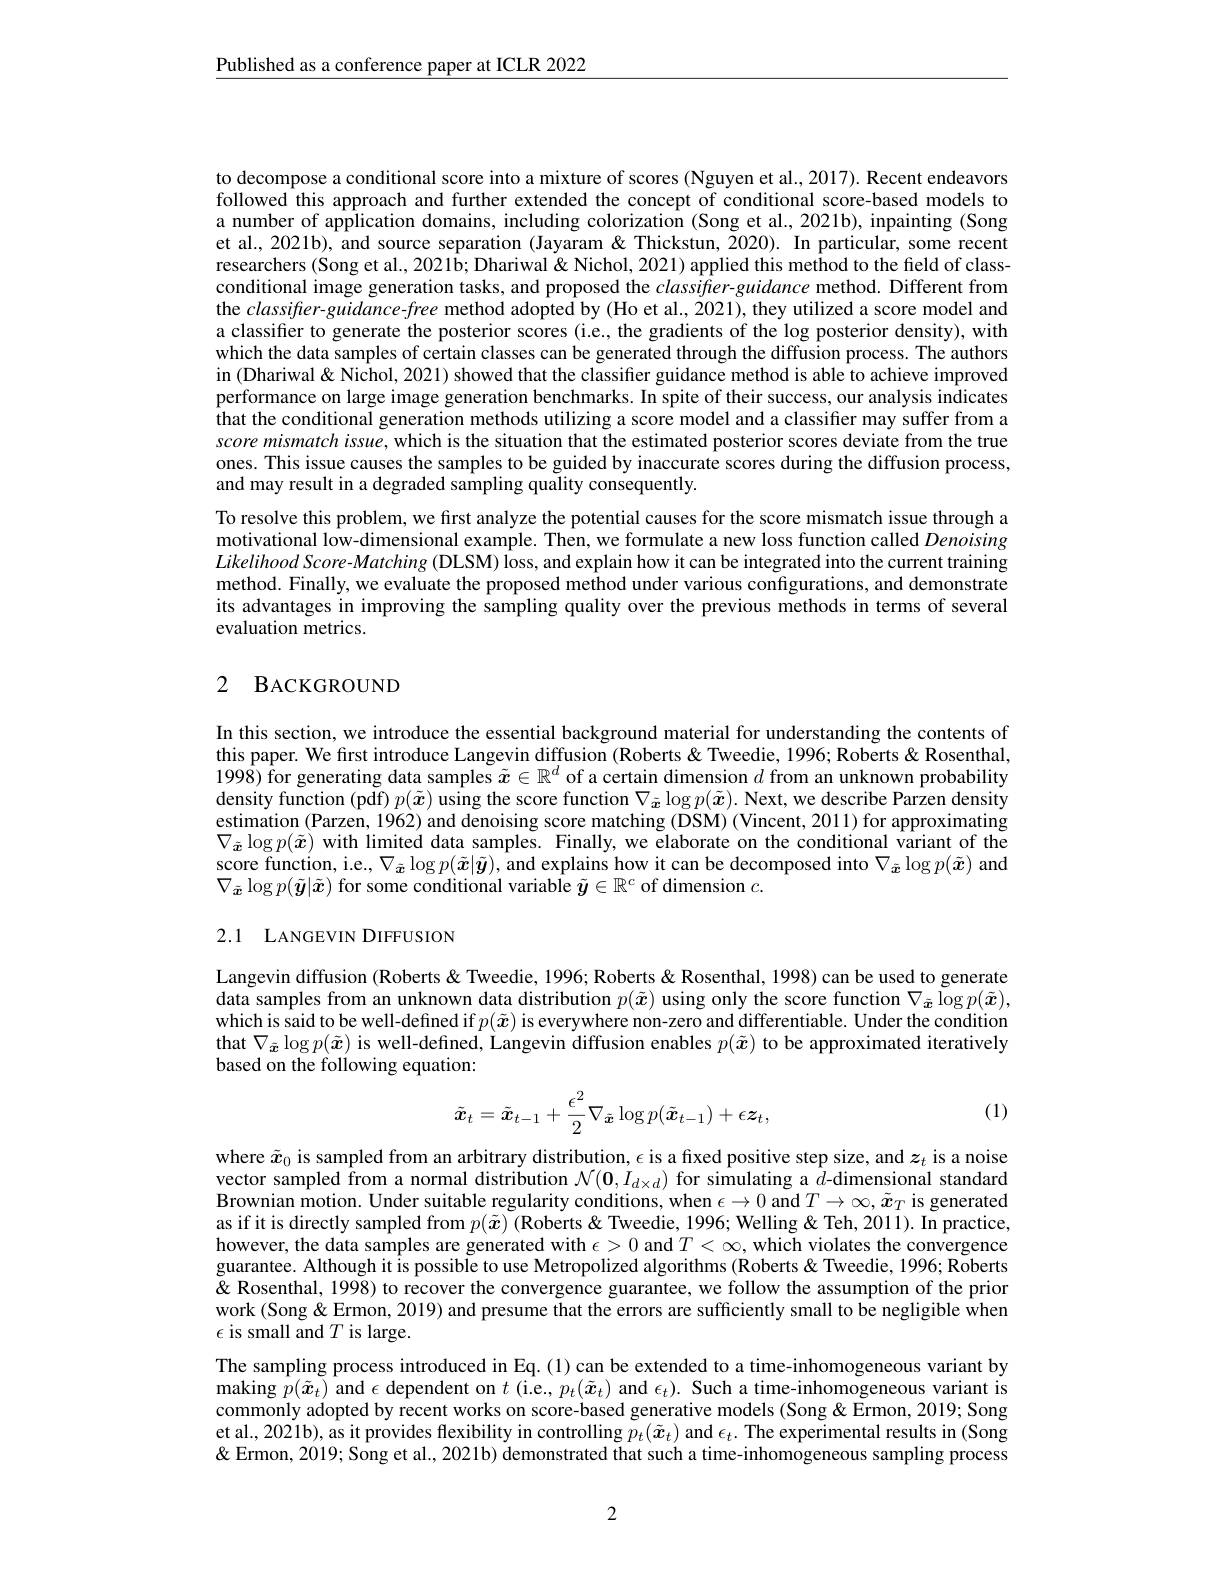
$\underline{\text{Published as a conference paper at ICLR 2022}}$

to decompose a conditional score into a mixture of scores (Nguyen et al., 2017). Recent endeavors followed this approach and further extended the concept of conditional score-based models to a number of application domains, including colorization (Song et al., 2021b), inpainting (Song et al., 2021b), and source separation (Jayaram &Thickstun, 2020). In particular, some recent researchers (Song et al., 2021b; Dhariwal & Nichol, 2021) applied this method to the field of classconditional image generation tasks, and proposed the $classifier-guidance$ method. Different from the classifier-guidance-free method adopted by (Ho et al., 2021), they utilized a score model and a classifier to generate the posterior scores (i.e., the gradients of the log posterior density), with which the data samples of certain classes can be generated through the diffusion process. The authors in (Dhariwal& Nichol, 2021) showed that the classifier guidance method is able to achieve improved performance on large image generation benchmarks. In spite of their success, our analysis indicates that the conditional generation methods utilizing a score model and a classifier may suffer from a $scoremismatchissue,whichisthesituationthatitheestimatedposteriorscoresdeviatefromthetrue$ ones. This issue causes the samples to be guided by inaccurate scores during the diffusion process, and may result in a degraded sampling quality consequently.
To resolve this problem, we first analyze the potential causes for the score mismatch issue through a motivational low-dimensional example. Then, we formulate a new loss function called Denoising $Likelihood\textit{ Score- Matching ( DLSM) loss, and explain how it can be integrated into the current training}$ method. Finally, we evaluate the proposed method under various configurations, and demonstrate its advantages in improving the sampling quality over the previous methods in terms of several evaluation metrics.

### 2 BACKGROUND

In this section, we introduce the essential background material for understanding the contents of this paper. We first introduce Langevin diffusion (Roberts&Tweedie, 1996; Roberts & Rosenthal, 1998) for generating data samples $\tilde{x}\in\mathbb{R}^d$ of a certain dimension $d$ from an unknown probability density function (pdf) $p(\tilde{x})\hat{\text{ using the score function }\nabla_{\tilde{\boldsymbol{x}}}\log p(\tilde{\boldsymbol{x}}).\text{ Next, we describe Parzen density}}$ estimation (Parzen, 1962) and denoising score matching (DSM) (Vincent, 2011) for approximating $\nabla_{\tilde{\boldsymbol{x}}}\log p(\tilde{\boldsymbol{x}})$ with limited data samples. Finally, we elaborate on the conditional variant of the score function, i. e. , $\nabla _{\tilde{\boldsymbol{x}} }\log p( \tilde{\boldsymbol{x}} | \tilde{\boldsymbol{y}} ) $,and explains how it can be decomposed into $\nabla _{\tilde{\boldsymbol{x}} }\log p( \tilde{\boldsymbol{x}} )$ and $\nabla_{\tilde{\boldsymbol{x}}}\log p(\tilde{\boldsymbol{y}}|\tilde{\boldsymbol{x}})$ for some conditional variable $\tilde{\boldsymbol{y}}\in\mathbb{R}^c$ of dimension $c.$

## 2.1 LANGEVIN DIFFUSION

Langevin diffusion (Roberts & Tweedie, 1996; Roberts & Rosenthal, 1998) can be used to generate data samples from an unknown data distribution $p(\tilde{x})$ using only the score function $\nabla_{\tilde{\boldsymbol{x}}}\log p(\tilde{\boldsymbol{x}})$, which is said to be well-defined if $p(\tilde{\boldsymbol{x}})$ is everywhere non-zero and differentiable. Under the condition that $\nabla_{\tilde{\boldsymbol{x}}}\log p(\tilde{\boldsymbol{x}})$ is well-defined, Langevin diffusion enables $p(\tilde{\boldsymbol{x}})$ to be approximated iteratively based on the following equation:

(1)
$$\tilde{\boldsymbol{x}}_t=\tilde{\boldsymbol{x}}_{t-1}+\frac{\epsilon^2}{2}\nabla_{\tilde{\boldsymbol{x}}}\log p(\tilde{\boldsymbol{x}}_{t-1})+\epsilon\boldsymbol{z}_t,$$
where $\tilde{x}_0$ is sampled from an arbitrary distribution, $\epsilon$ is a fixed positive step size, and $z_t$ is a noise vector sampled from a normal distribution $\mathcal{N}(\mathbf{0},I_{d\times d})$ for simulating a $\hat{d}$-dimensional standard $\hat{\text{Brownian motion. Under suitable regularity conditions, when }\epsilon\to0\mathrm{~and~}T\to\infty,\tilde{\boldsymbol{x}}_T\mathrm{~is~generated}}$ as if it is directly sampled from $p(\tilde{x})$ (Roberts&Tweedie, 1996; Welling& Teh, 2011). In practice, however, the data samples are generated with $\epsilon>0$ and $T<\infty$,which violates the convergence guarantee. Although it is possible to use Metropolized algorithms (Roberts& Tweedie, 1996; Roberts $\&$ Rosenthal, 1998) to recover the convergence guarantee, we follow the assumption of the prior work (Song& Ermon, 2019) and presume that the errors are sufficiently small to be negligible when $\epsilon$ is small and $T$ is large.
The sampling process introduced in Eq.(1) can be extended to a time-inhomogeneous variant by making $p(\tilde{x}_t)$ and $\epsilon$ dependent on $t$ (i.e., $p_t(\tilde{\boldsymbol{x}}_t)$ and $\epsilon_t).$ Such a time-inhomogeneous variant is commonly adopted by recent works on score-based generative models (Song &Ermon, 2019; Song et al., 2021b), as it provides flexibility in controlling $\tilde{p}_t(\tilde{x}_t)$ and $\epsilon_t.$ The experimental results in (Song & Ermon, 2019; Song et al., 2021b) demonstrated that such a time-inhomogeneous sampling process

2